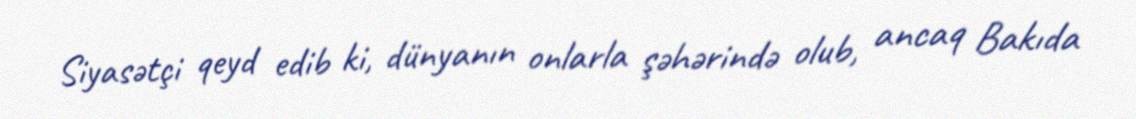
Siyasətçi qeyd edib ki, dünyanın onlarla şəhərində olub, ancaq Bakıda